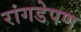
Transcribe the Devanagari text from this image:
रांगडेपण